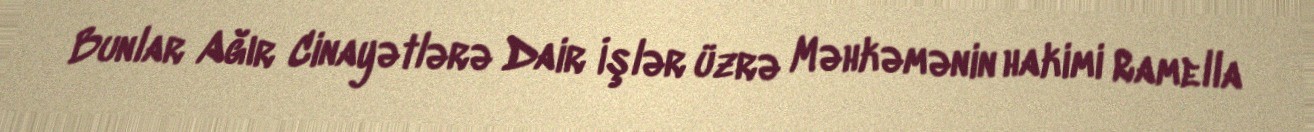
Bunlar Ağır Cinayətlərə Dair İşlər üzrə Məhkəmənin hakimi Ramella